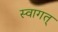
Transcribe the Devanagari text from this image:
स्वागत्